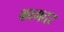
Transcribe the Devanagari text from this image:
कागदर